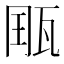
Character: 𤭄